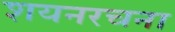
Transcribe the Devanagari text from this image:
शयनरचना